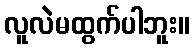
လူလဲမထွက်ပါဘူး။